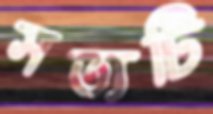
সত্যটি